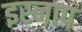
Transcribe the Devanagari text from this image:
इस्नाप